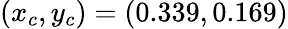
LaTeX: (x_{c},y_{c})=(0.339,0.169)